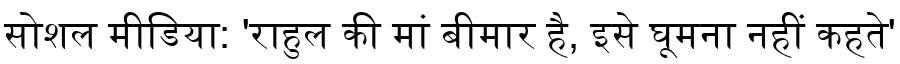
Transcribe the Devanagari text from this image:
सोशल मीडिया: 'राहुल की मां बीमार है, इसे घूमना नहीं कहते'